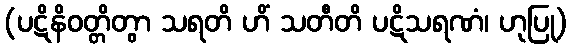
(ပဋိနိဝတ္တိတွာ သရတိ ဟိံ သတီတိ ပဋိသရဏံ၊ ဟုပြု)